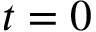
t = 0